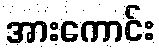
အားကောင်း